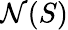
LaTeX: \mathcal{N}(S)